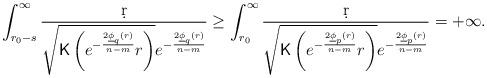
LaTeX: \begin{align*}\int_{r_0-s}^{\infty}\frac{\d r}{\sqrt{{\sf K}\left(e^{-\frac{2\underline{\phi}_q(r)}{n-m}}r\right)}e^{-\frac{2\underline{\phi}_q(r)}{n-m}}}&\geq\int_{r_0}^{\infty}\frac{\d r}{\sqrt{{\sf K}\left(e^{-\frac{2\underline{\phi}_p(r)}{n-m}}r\right)}e^{-\frac{2\underline{\phi}_p(r)}{n-m}}}=+\infty.\end{align*}